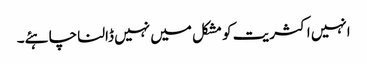
انہیں اکثریت کو مشکل میں نہیں ڈالنا چاہئے۔